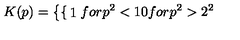
K ( p ) = \left\{ \begin{cases} { 1 } & { f o r p ^ { 2 } < 1 } \\ { 0 } & { f o r p ^ { 2 } > 2 ^ { 2 } } \\ \end{cases} \right.